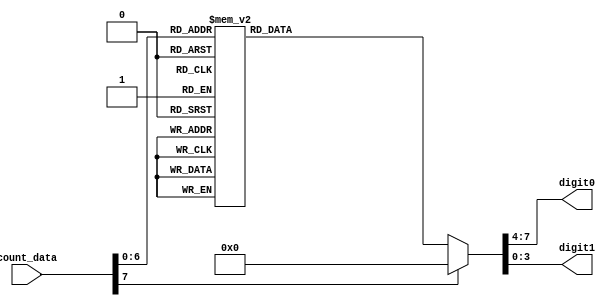
`timescale 1ns / 1ps
//////////////////////////////////////////////////////////////////////////////////
// Company: 
// 
// Design Name: 
// Module Name:    decodificador_BCD 
// Project Name: 
// Target Devices: 
// Tool versions: 
// Description:
//
// Dependencies: 
//
// Revision: 
// Revision 0.01 - File Created
// Additional Comments: 
//
//////////////////////////////////////////////////////////////////////////////////
module decodificador_BCD
(
input wire [7:0] count_data, //Valores de 8 bits correspondientes datos de la hora, fecha y timer
output reg [3:0] digit0, digit1//Decodifica en binario el valor en dos dgitos decimales
);

always@*
begin
case(count_data)
8'd0: begin digit1 = 4'b0000; digit0 = 4'b0000; end
8'd1: begin digit1 = 4'b0000; digit0 = 4'b0001; end
8'd2: begin digit1 = 4'b0000; digit0 = 4'b0010; end
8'd3: begin digit1 = 4'b0000; digit0 = 4'b0011; end
8'd4: begin digit1 = 4'b0000; digit0 = 4'b0100; end
8'd5: begin digit1 = 4'b0000; digit0 = 4'b0101; end
8'd6: begin digit1 = 4'b0000; digit0 = 4'b0110; end
8'd7: begin digit1 = 4'b0000; digit0 = 4'b0111; end
8'd8: begin digit1 = 4'b0000; digit0 = 4'b1000; end
8'd9: begin digit1 = 4'b0000; digit0 = 4'b1001; end

8'd10: begin digit1 = 4'b0001; digit0 = 4'b0000; end
8'd11: begin digit1 = 4'b0001; digit0 = 4'b0001; end
8'd12: begin digit1 = 4'b0001; digit0 = 4'b0010; end
8'd13: begin digit1 = 4'b0001; digit0 = 4'b0011; end
8'd14: begin digit1 = 4'b0001; digit0 = 4'b0100; end
8'd15: begin digit1 = 4'b0001; digit0 = 4'b0101; end
8'd16: begin digit1 = 4'b0001; digit0 = 4'b0110; end
8'd17: begin digit1 = 4'b0001; digit0 = 4'b0111; end
8'd18: begin digit1 = 4'b0001; digit0 = 4'b1000; end
8'd19: begin digit1 = 4'b0001; digit0 = 4'b1001; end

8'd20: begin digit1 = 4'b0010; digit0 = 4'b0000; end
8'd21: begin digit1 = 4'b0010; digit0 = 4'b0001; end
8'd22: begin digit1 = 4'b0010; digit0 = 4'b0010; end
8'd23: begin digit1 = 4'b0010; digit0 = 4'b0011; end
8'd24: begin digit1 = 4'b0010; digit0 = 4'b0100; end
8'd25: begin digit1 = 4'b0010; digit0 = 4'b0101; end
8'd26: begin digit1 = 4'b0010; digit0 = 4'b0110; end
8'd27: begin digit1 = 4'b0010; digit0 = 4'b0111; end
8'd28: begin digit1 = 4'b0010; digit0 = 4'b1000; end
8'd29: begin digit1 = 4'b0010; digit0 = 4'b1001; end

8'd30: begin digit1 = 4'b0011; digit0 = 4'b0000; end
8'd31: begin digit1 = 4'b0011; digit0 = 4'b0001; end
8'd32: begin digit1 = 4'b0011; digit0 = 4'b0010; end
8'd33: begin digit1 = 4'b0011; digit0 = 4'b0011; end
8'd34: begin digit1 = 4'b0011; digit0 = 4'b0100; end
8'd35: begin digit1 = 4'b0011; digit0 = 4'b0101; end
8'd36: begin digit1 = 4'b0011; digit0 = 4'b0110; end
8'd37: begin digit1 = 4'b0011; digit0 = 4'b0111; end
8'd38: begin digit1 = 4'b0011; digit0 = 4'b1000; end
8'd39: begin digit1 = 4'b0011; digit0 = 4'b1001; end

8'd40: begin digit1 = 4'b0100; digit0 = 4'b0000; end
8'd41: begin digit1 = 4'b0100; digit0 = 4'b0001; end
8'd42: begin digit1 = 4'b0100; digit0 = 4'b0010; end
8'd43: begin digit1 = 4'b0100; digit0 = 4'b0011; end
8'd44: begin digit1 = 4'b0100; digit0 = 4'b0100; end
8'd45: begin digit1 = 4'b0100; digit0 = 4'b0101; end
8'd46: begin digit1 = 4'b0100; digit0 = 4'b0110; end
8'd47: begin digit1 = 4'b0100; digit0 = 4'b0111; end
8'd48: begin digit1 = 4'b0100; digit0 = 4'b1000; end
8'd49: begin digit1 = 4'b0100; digit0 = 4'b1001; end

8'd50: begin digit1 = 4'b0101; digit0 = 4'b0000; end
8'd51: begin digit1 = 4'b0101; digit0 = 4'b0001; end
8'd52: begin digit1 = 4'b0101; digit0 = 4'b0010; end
8'd53: begin digit1 = 4'b0101; digit0 = 4'b0011; end
8'd54: begin digit1 = 4'b0101; digit0 = 4'b0100; end
8'd55: begin digit1 = 4'b0101; digit0 = 4'b0101; end
8'd56: begin digit1 = 4'b0101; digit0 = 4'b0110; end
8'd57: begin digit1 = 4'b0101; digit0 = 4'b0111; end
8'd58: begin digit1 = 4'b0101; digit0 = 4'b1000; end
8'd59: begin digit1 = 4'b0101; digit0 = 4'b1001; end

8'd60: begin digit1 = 4'b0110; digit0 = 4'b0000; end
8'd61: begin digit1 = 4'b0110; digit0 = 4'b0001; end
8'd62: begin digit1 = 4'b0110; digit0 = 4'b0010; end
8'd63: begin digit1 = 4'b0110; digit0 = 4'b0011; end
8'd64: begin digit1 = 4'b0110; digit0 = 4'b0100; end
8'd65: begin digit1 = 4'b0110; digit0 = 4'b0101; end
8'd66: begin digit1 = 4'b0110; digit0 = 4'b0110; end
8'd67: begin digit1 = 4'b0110; digit0 = 4'b0111; end
8'd68: begin digit1 = 4'b0110; digit0 = 4'b1000; end
8'd69: begin digit1 = 4'b0110; digit0 = 4'b1001; end

8'd70: begin digit1 = 4'b0111; digit0 = 4'b0000; end
8'd71: begin digit1 = 4'b0111; digit0 = 4'b0001; end
8'd72: begin digit1 = 4'b0111; digit0 = 4'b0010; end
8'd73: begin digit1 = 4'b0111; digit0 = 4'b0011; end
8'd74: begin digit1 = 4'b0111; digit0 = 4'b0100; end
8'd75: begin digit1 = 4'b0111; digit0 = 4'b0101; end
8'd76: begin digit1 = 4'b0111; digit0 = 4'b0110; end
8'd77: begin digit1 = 4'b0111; digit0 = 4'b0111; end
8'd78: begin digit1 = 4'b0111; digit0 = 4'b1000; end
8'd79: begin digit1 = 4'b0111; digit0 = 4'b1001; end

8'd80: begin digit1 = 4'b1000; digit0 = 4'b0000; end
8'd81: begin digit1 = 4'b1000; digit0 = 4'b0001; end
8'd82: begin digit1 = 4'b1000; digit0 = 4'b0010; end
8'd83: begin digit1 = 4'b1000; digit0 = 4'b0011; end
8'd84: begin digit1 = 4'b1000; digit0 = 4'b0100; end
8'd85: begin digit1 = 4'b1000; digit0 = 4'b0101; end
8'd86: begin digit1 = 4'b1000; digit0 = 4'b0110; end
8'd87: begin digit1 = 4'b1000; digit0 = 4'b0111; end
8'd88: begin digit1 = 4'b1000; digit0 = 4'b1000; end
8'd89: begin digit1 = 4'b1000; digit0 = 4'b1001; end

8'd90: begin digit1 = 4'b1001; digit0 = 4'b0000; end
8'd91: begin digit1 = 4'b1001; digit0 = 4'b0001; end
8'd92: begin digit1 = 4'b1001; digit0 = 4'b0010; end
8'd93: begin digit1 = 4'b1001; digit0 = 4'b0011; end
8'd94: begin digit1 = 4'b1001; digit0 = 4'b0100; end
8'd95: begin digit1 = 4'b1001; digit0 = 4'b0101; end
8'd96: begin digit1 = 4'b1001; digit0 = 4'b0110; end
8'd97: begin digit1 = 4'b1001; digit0 = 4'b0111; end
8'd98: begin digit1 = 4'b1001; digit0 = 4'b1000; end
8'd99: begin digit1 = 4'b1001; digit0 = 4'b1001; end

default:  begin digit1 = 0; digit0 = 0; end
endcase
end

endmodule